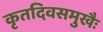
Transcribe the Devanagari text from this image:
कृतदिवसमुखैः